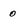
Character: 0